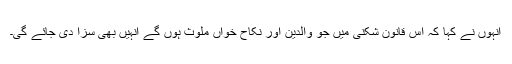
انہوں نے کہا کہ اس قانون شکنی میں جو والدین اور نکاح خواں ملوث ہوں گے انہیں بھی سزا دی جائے گی۔